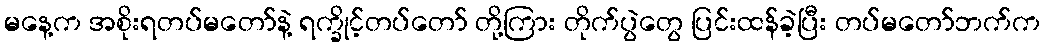
မနေ့က အစိုးရတပ်မတော်နဲ့ ရက္ခိုင့်တပ်တော် တို့ကြား တိုက်ပွဲတွေ ပြင်းထန်ခဲ့ပြီး တပ်မတော်ဘက်က